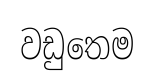
වඩුතෙම